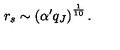
r _ { s } \sim \left( \alpha ^ { \prime } q _ { J } \right) ^ { \frac { 1 } { 1 0 } } .